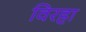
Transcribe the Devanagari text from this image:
विरहा